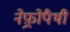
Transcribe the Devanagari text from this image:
नेफ़्रोपैथी